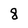
Character: 8